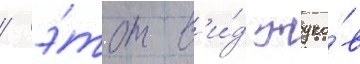
/ э́тот в'и́д жуко́в